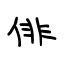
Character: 俳